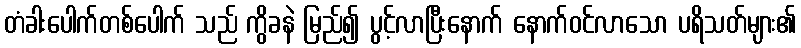
တံခါးပေါက်တစ်ပေါက် သည် ကွိခနဲ မြည်၍ ပွင့်လာပြီးနောက် နောက်ဝင်လာသော ပရိသတ်များ၏